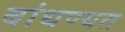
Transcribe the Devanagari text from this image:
बांधण्यत